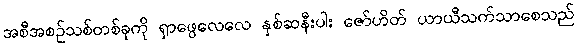
အစီအစဉ်သစ်တစ်ခုကို ရှာဖွေလေလေ နှစ်ဆနီးပါး ဇော်ဟိတ် ယာယီသက်သာစေသည်